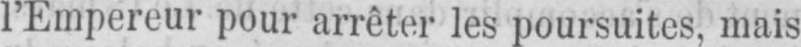
l’Empereur pour arrêter les poursuites, mais